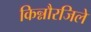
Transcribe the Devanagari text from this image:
किन्नौरजिले